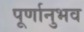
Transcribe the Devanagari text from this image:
पूर्णानुभव